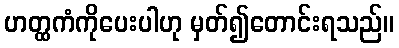
ဟတ္ထကံကိုပေးပါဟု မှတ်၍တောင်းရသည်။